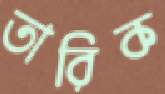
তারিক